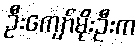
ဦးကျော်မိုးဦးက